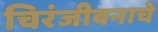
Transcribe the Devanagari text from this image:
चिरंजीवनाचे